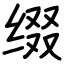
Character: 缀